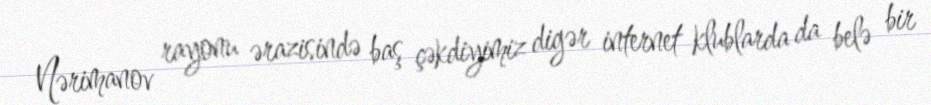
Nərimanov rayonu ərazisində baş çəkdiyimiz digər internet klublarda da belə bir